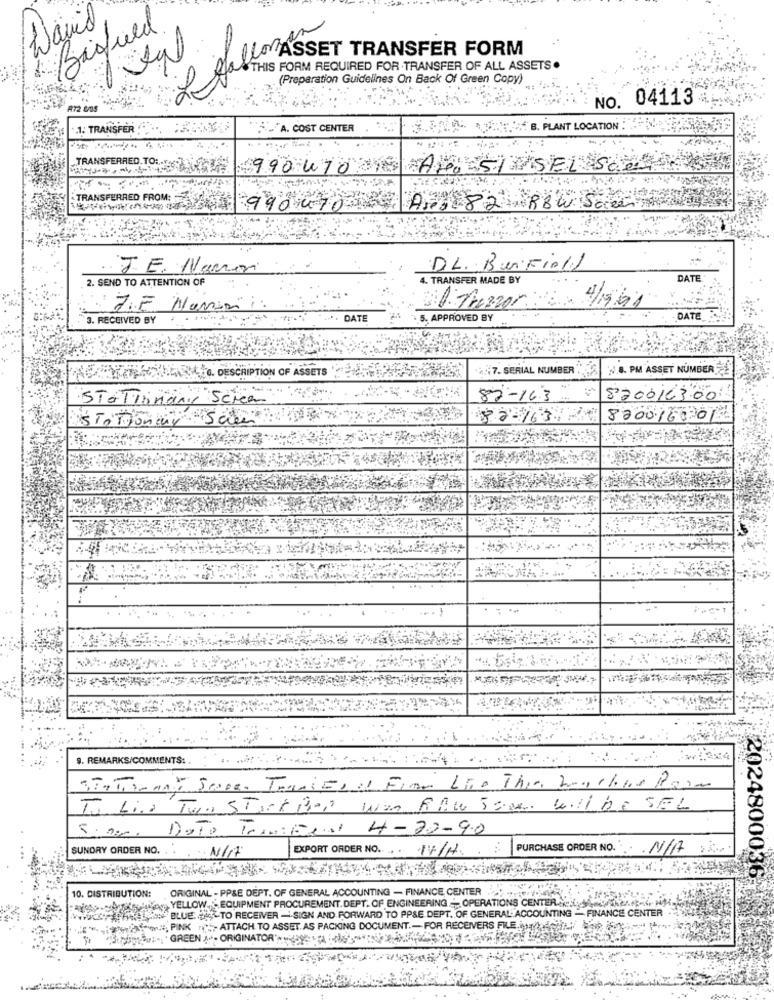
David
Bisfued
R Hallom ASSE
LASSET TRANSFER FORM
D FORTHIS FORM REQUIRED FOR TRANSFER OF ALL ASSETS .
(Preparation Guidelines On Back Of Green Copy)
NO. 04113
A72 &OS
.1. TRANSFER , RENK
.A. COST CENTER
HAB. PLANT LOCATION : :
TRANSFERRED. TO:
990470
Ana 51 SEL Sce
TRANSFERRED FROM:
990470
AF3 82 RBW Sce
JE. Name
DL. BurFioll
. 2. SEND TO ATTENTION OF
. TRANSFER MADE BY
DATE
31 Prezzor 4/1991
3. RECEIVED BY
DATE
5. APPROVED BY
DATE
4.7. SERIAL NUMBER
N.8. PM ASSET NUMBER
4. DESCRIPTION OF ASSETS
STATTandnis ScieR
82-163
8200163.00
STATO
82-163
820016001
9. REMARKS/COMMENTS: .
To Lia Two Stort Bag was RAW Som Willbe SEL
5.00. Dato Transfilial 4-20-90
EXPORT ORDER NO. IV/H.
PURCHASE ORDER NO.
. N/A
SUNDRY ORDER NO. : N/A
20248000362
ORIGINAL - PP&E DEPT. OF GENERAL ACCOUNTING - FINANCE, CENTER .
10. DISTRIBUTION:
ANASTASIA YELLOW,EQUIPMENT PROCUREMENT. DEPT. OF ENGINEERING - OPERATIONS CENTER ...... they-)
www :, BLUE <- TO RECEIVER - SIGN AND FORWARD TO PPSE DEPT. OF GENERAL-"ACCOUNTING - FINANCE CENTER
INPINK ATTACH TO ASSETAS PACKING DOCUMENT .- FOR RECEIVERS FILE
por: "GREEN ".ORIGINATOR: